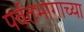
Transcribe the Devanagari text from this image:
पर्वतभागाच्या